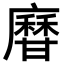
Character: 𤯎